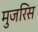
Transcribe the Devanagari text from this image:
मुजरिस